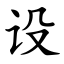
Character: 设